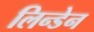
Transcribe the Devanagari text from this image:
लिन्डेन